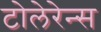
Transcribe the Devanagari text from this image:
टोलेरेन्स